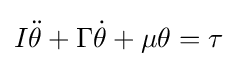
I{\ddot {\theta }}+\Gamma {\dot {\theta }}+\mu \theta =\tau